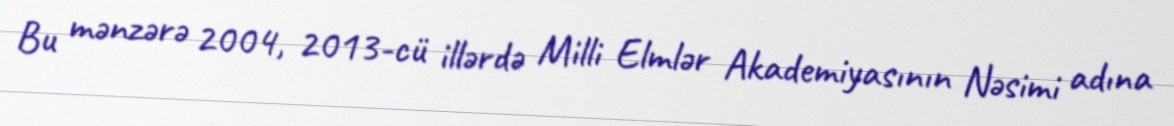
Bu mənzərə 2004, 2013-cü illərdə Milli Elmlər Akademiyasının Nəsimi adına